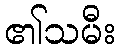
၏သမီး